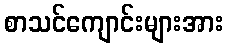
စာသင်ကျောင်းများအား